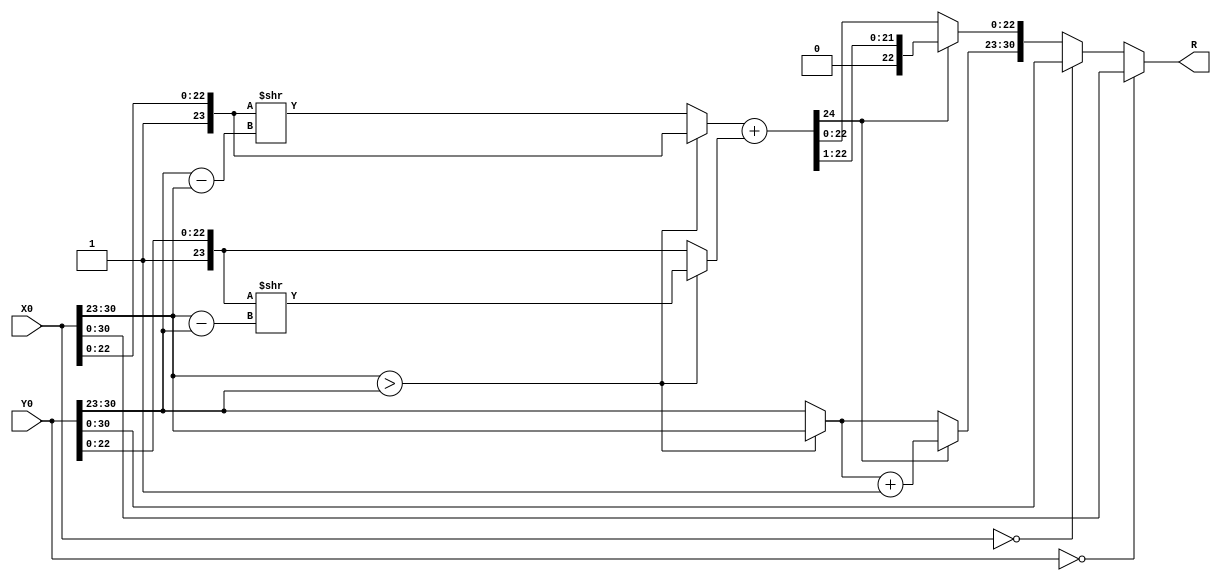
`timescale 1ns / 1ps

module add(X0, Y0, R);
    input [31:0] X0, Y0;
    reg [7:0] e1, e2, shi;
    reg [23:0] s1, s2;
    reg [24:0] s_temp;
    reg [30:0] R_temp;
    output reg [30:0] R;
    
    always @ (X0 or Y0)
    begin
        e1[7:0] = X0[30:23];
        e2[7:0] = Y0[30:23];
        s1[22:0] = X0[22:0];
        s2[22:0] = Y0[22:0];
        s1[23] = 1;
        s2[23] = 1;
        if (e1 > e2)
        begin
            shi = e1 - e2;
            s2 = s2 >> shi;
            R_temp[30:23] = e1;
        end
        else
        begin
            shi = e2 - e1;
            s1 = s1 >> shi;
            R_temp[30:23] = e2;
        end
        s_temp[24:0] = s1 + s2;
        if ( s_temp[24]==1 )
        begin
            R_temp[22:0] = s_temp[22:0] >> 1;
            R_temp[30:23] = R_temp[30:23] + 8'b0000_0001;
        end
        else
            R_temp[22:0] = s_temp[22:0];
        if (X0==32'b0_0000_0000_0000_0000_0000_0000_0000_000)
            R_temp = Y0;
        if (Y0==32'b0_0000_0000_0000_0000_0000_0000_0000_000)
            R_temp = X0;
        R <= R_temp;
    end
endmodule